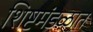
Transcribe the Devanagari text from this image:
शिष्टमंडळात